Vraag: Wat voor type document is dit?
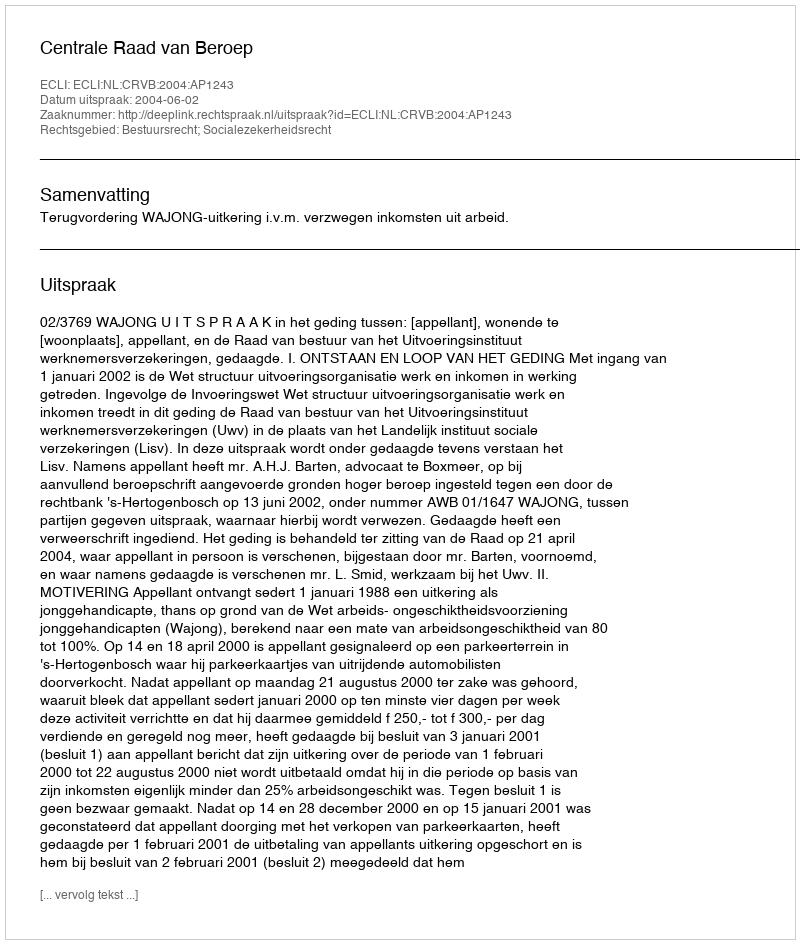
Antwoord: Uitspraak